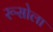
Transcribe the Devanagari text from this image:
रूसोला